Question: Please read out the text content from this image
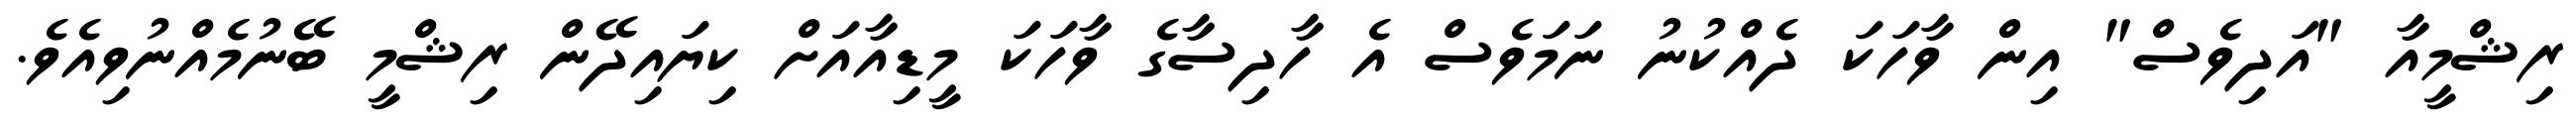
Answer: ރިޝްމީއާ "އަދިވެސް" އިން ވާހަކަ ދެއްކުނު ނަމަވެސް އެ ހާދިސާގެ ވާހަކަ މީޑިއާއަށް ކިޔައިދޭން ރިޝްމީ ބޭނުމެއްނުވިއެވެ.